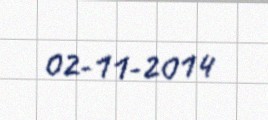
02-11-2014